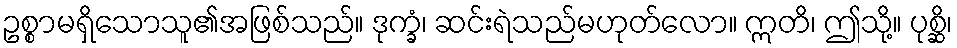
ဥစ္စာမရှိသောသူ၏အဖြစ်သည်။ ဒုက္ခံ၊ ဆင်းရဲသည်မဟုတ်လော။ ဣတိ၊ ဤသို့။ ပုစ္ဆိ၊